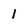
Character: I